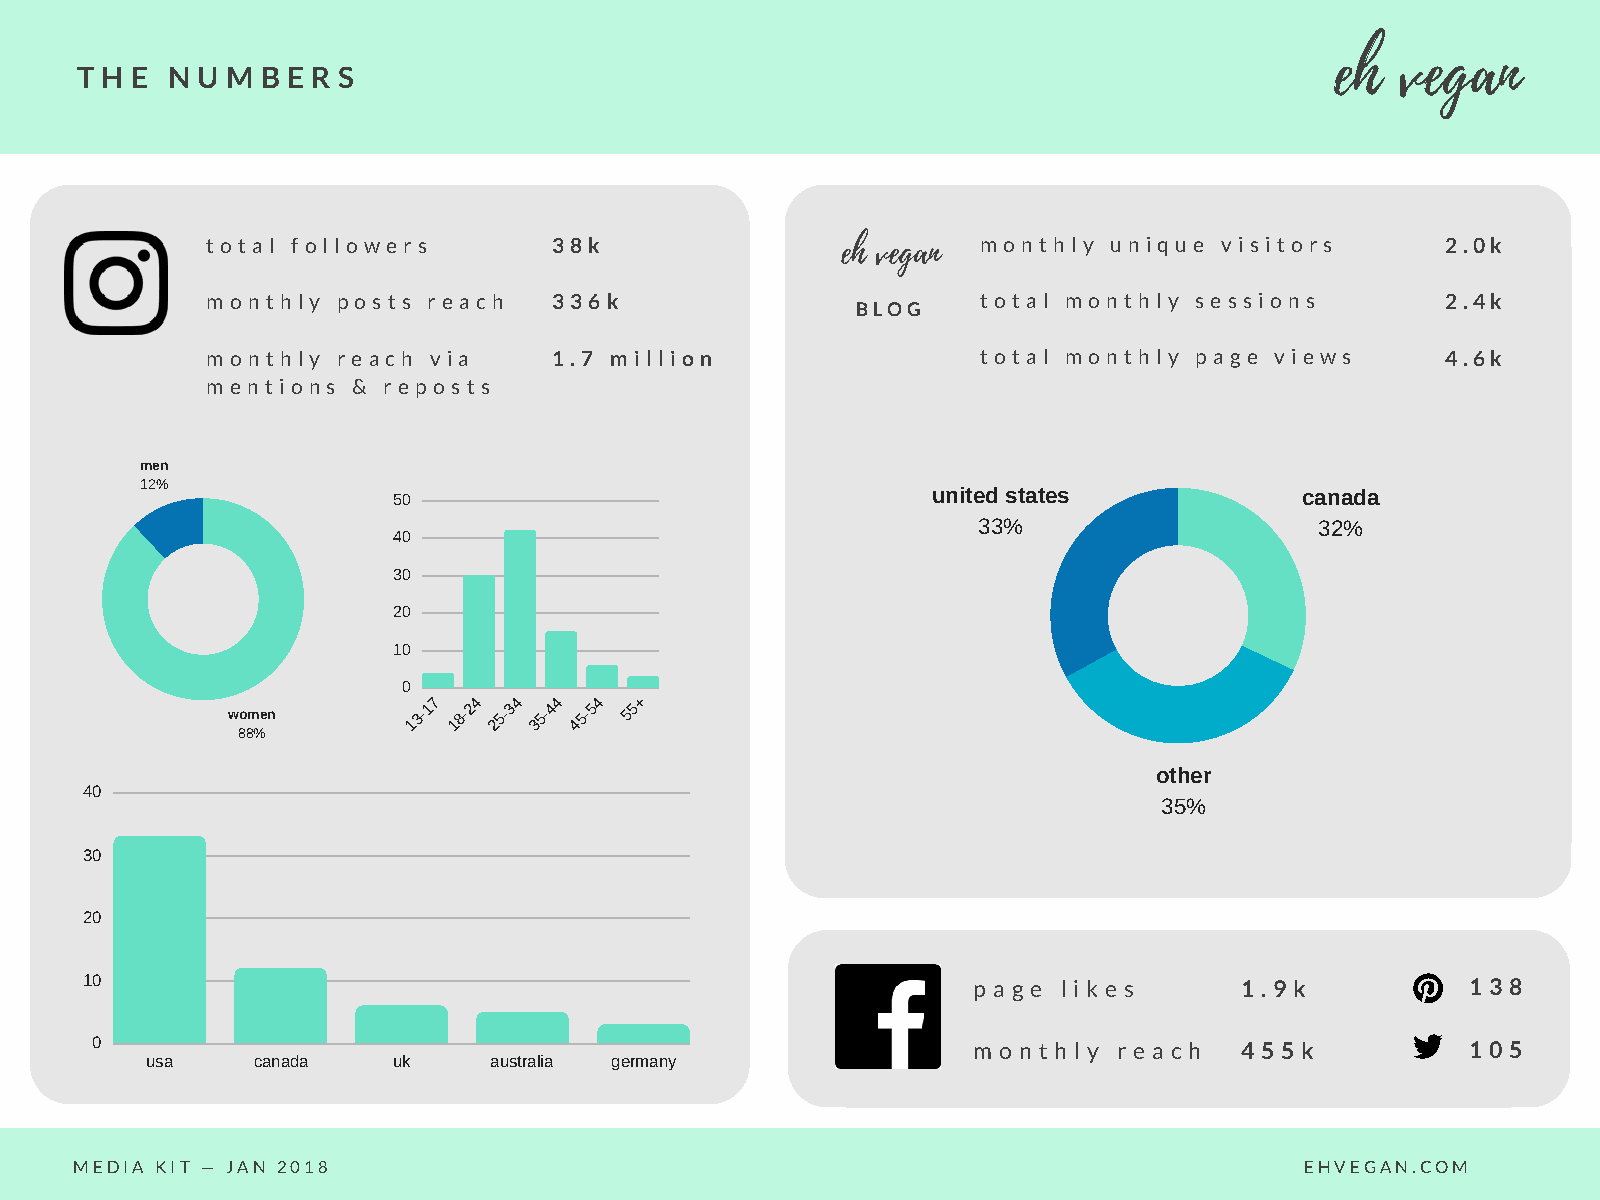
eh   vegan
 T H E N U M B E R S
 t o t a l f o l l o w e r s 3 8 k         eh vegan m o n t h l y u n i q u e v i s i t o r s 2.0k
 m o n t h l y p o s t s r e a c h 3 3 6 k          t o t a l m o n t h l y s e s s i o n s 2.4k
 BLOG
 m o n t h l y r e a c h v i a 1 . 7 m i l l i o n  t o t a l m o n t h l y p a g e v i e w s 4.6k
 m e n t i o n s & r e p o s t s
 men
 12%
 50                                  united states           canada
 33%                   32%
 40
 30
 20
 10
 0
 women
 13-17 18-24 25-34 35-44 45-54 55+
 88%
 other
 40
 35%
 30
 20
 10                                                         p a g e l i k e s 1 . 9 k        1 3 8
 0                                                         m o n t h l y r e a c h 4 5 5 k  1 0 5
 usa    canada   uk    australia germany
 MEDIA KIT — JAN 2018                                                             EHVEGAN.COM